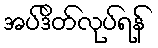
အပ်ဒိတ်လုပ်ရန်